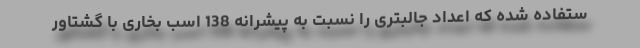
ستفاده شده که اعداد جالبتری را نسبت به پیشرانه 138 اسب بخاری با گشتاور